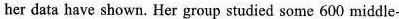
her data have shown, Her group studied some 600 middie-